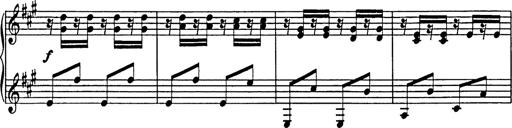
Title: Galop in A minor
Composer: Franz Liszt
Key: A minor